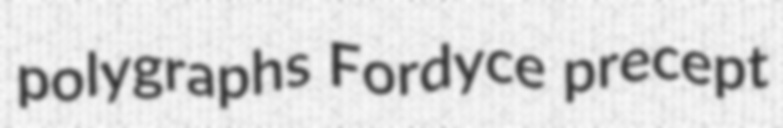
polygraphs Fordyce precept